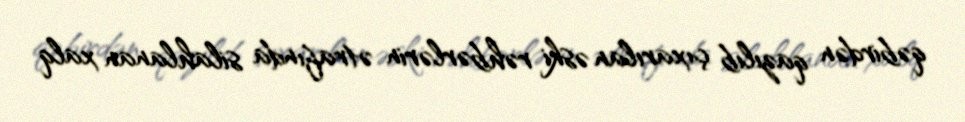
qəbirdən qazılıb çıxarılan əski rəhbərlərin ətrafında silahlanan xalq